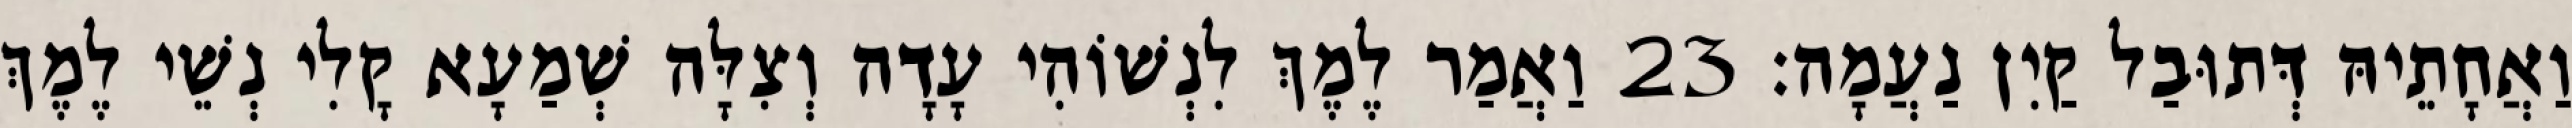
וַאֲחָתֵיהּ דְּתוּבַל קַיִן נַעֲמָה׃ 23 וַאֲמַר לֶמֶךְ לִנְשׁוֹהִי עָדָה וְצִלָּה שְׁמַעָא קָלִי נְשֵׁי לֶמֶךְ